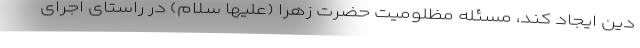
دین ایجاد کند، مسئله مظلومیت حضرت زهرا (علیها سلام) در راستای اجرای